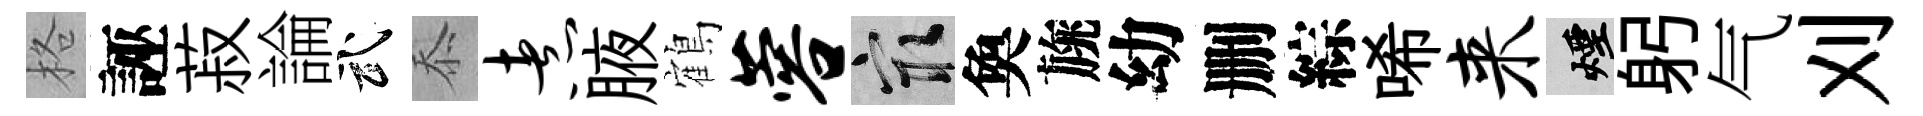
格誣菽論武忝煮腋鶴蓉冣奐旐幼删綜唏来煙躬气刈